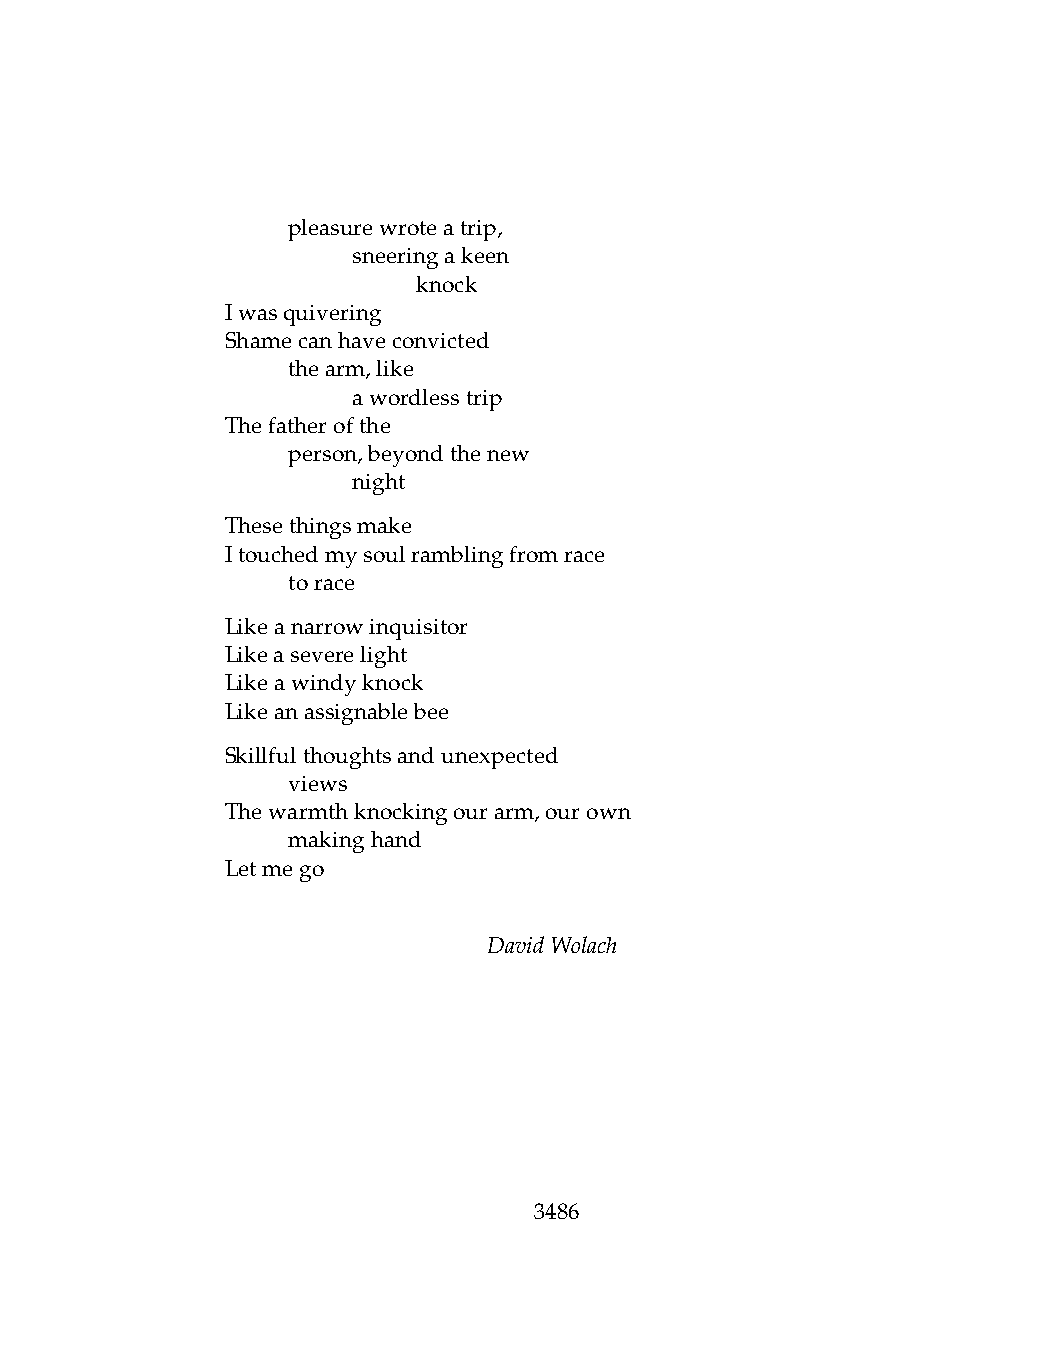
.   pleasurewroteatrip,
 .   .   sneeringakeen
 .   .   .    knock
 Iwasquivering
 Shamecanhaveconvicted
 .   thearm,like
 .   .   awordlesstrip
 Thefatherofthe
 .   person,beyondthenew
 .   .   night
 Thesethingsmake
 Itouchedmysoulramblingfromrace
 .   torace
 Likeanarrowinquisitor
 Likeaseverelight
 Likeawindyknock
 Likeanassignablebee
 Skillfulthoughtsandunexpected
 .   views
 Thewarmthknockingourarm,ourown
 .   makinghand
 Letmego
 DavidWolach
 3486